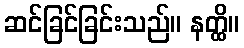
ဆင်ခြင်ခြင်းသည်။ နတ္ထိ။